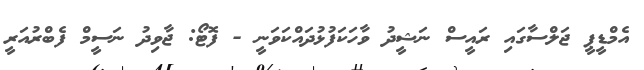
އެމްޑީޕީ ޖަލްސާގައި ރައީސް ނަޝީދު ވާހަކަފުޅުދައްކަވަނީ - ފޮޓޯ: ޖާވިދު ނަސީމް ފެބްރުއަރީ